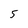
Character: 5